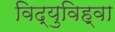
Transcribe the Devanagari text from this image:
विद्युविह्वा